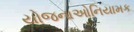
યોજનાઓનિયામક